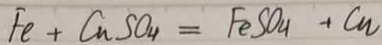
F e + C u S O _ { 4 } = F e S O _ { 4 } + C _ { n }